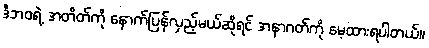
ဒီဘဝရဲ့ အတိတ်ကို နောက်ပြန်လှည့်မယ်ဆိုရင် အနာဂတ်ကို မေ့ထားရပါတယ်။